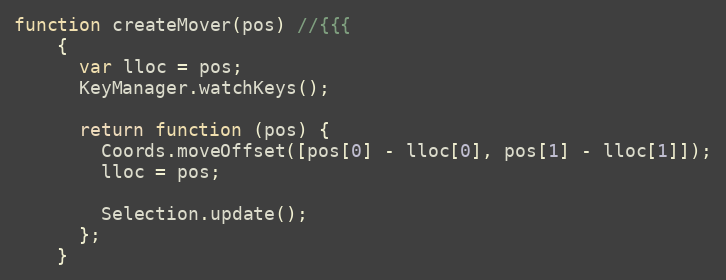
Language: JavaScript
function createMover(pos) //{{{
    {
      var lloc = pos;
      KeyManager.watchKeys();

      return function (pos) {
        Coords.moveOffset([pos[0] - lloc[0], pos[1] - lloc[1]]);
        lloc = pos;

        Selection.update();
      };
    }